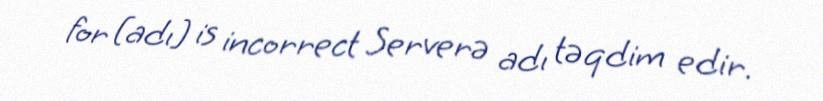
for [adı] is incorrect Serverə adı təqdim edir.